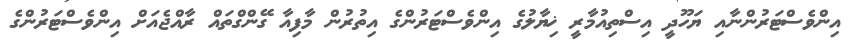
އިންވެސްޓަރުންނާއި ޔަހޫދީ އިސްތިއުމާރީ ޚިޔާލުގެ އިންވެސްޓަރުންގެ އިތުރުން މާފިއާ ގޭންގްތައް ރާއްޖެއަށް އިންވެސްޓަރުންގެ